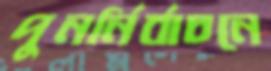
পুনর্নির্বাচনে